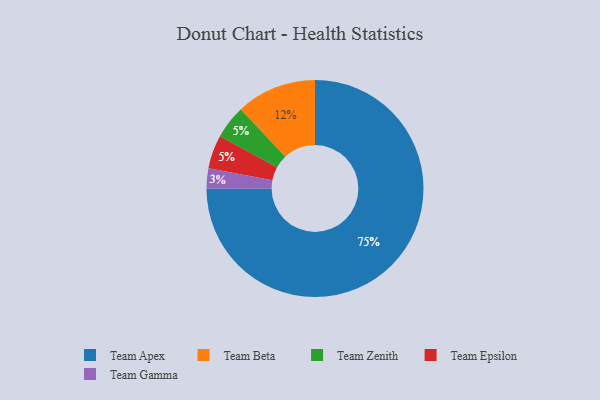
{"axis": {"x": "Category", "y": "Percentage"}, "legend": ["Team Apex", "Team Beta", "Team Epsilon", "Team Gamma", "Team Zenith"], "data": [{"x": "Team Beta", "y": 12, "type": "Team Beta"}, {"x": "Team Zenith", "y": 5, "type": "Team Zenith"}, {"x": "Team Epsilon", "y": 5, "type": "Team Epsilon"}, {"x": "Team Apex", "y": 75, "type": "Team Apex"}, {"x": "Team Gamma", "y": 3, "type": "Team Gamma"}]}